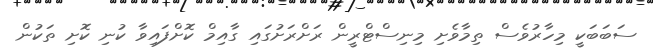
ސަބަބަކީ މިހާރުވެސް ތިމާވެށި މިނިސްޓްރީން ރަށްރަށުގައި ގާއިމް ކޮށްފައިވާ ކުނި ކޮށި ތަކުން